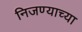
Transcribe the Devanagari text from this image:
निजण्याच्या